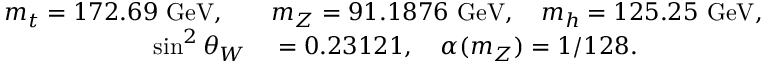
\begin{array} { r l } { m _ { t } = 1 7 2 . 6 9 \mathrm { ~ G e V } , \quad } & { { } m _ { Z } = 9 1 . 1 8 7 6 \mathrm { ~ G e V } , \quad m _ { h } = 1 2 5 . 2 5 \mathrm { ~ G e V } , } \\ { \sin ^ { 2 } \theta _ { W } } & { { } = 0 . 2 3 1 2 1 , \quad \alpha ( m _ { Z } ) = 1 / 1 2 8 . } \end{array}